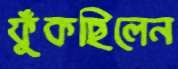
ফুঁকছিলেন